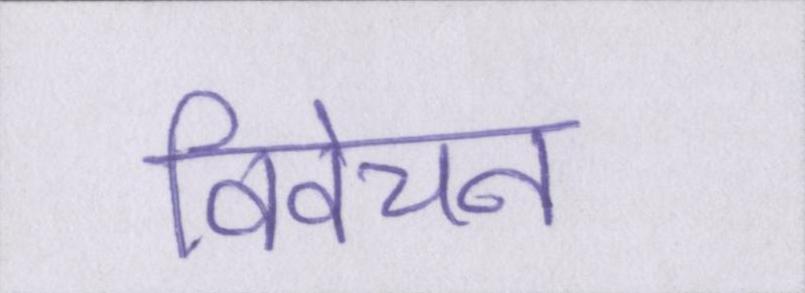
विवेचन